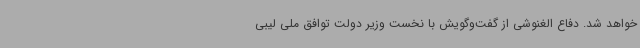
خواهد شد. دفاع الغنوشی از گفت‌وگویش با نخست وزیر دولت توافق ملی لیبی